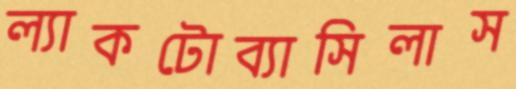
ল্যাকটোব্যাসিলাস